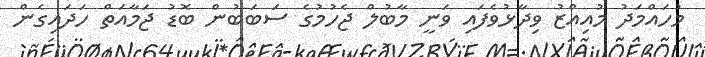
މުހައްމަދު މުއިއްޒު ވިދާޅުވެފައި ވަނީ މާބުލް ޖެހުމުގެ ސަބަބުން ބޮޑު ޖަމާއަތް ހަދައިގެން